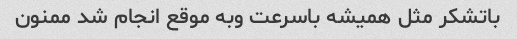
باتشکر مثل همیشه باسرعت وبه موقع انجام شد ممنون